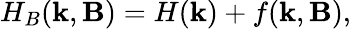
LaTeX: H_{B}(\textbf{k},\textbf{B})=H(\textbf{k})+f(\textbf{k},\textbf{B}),